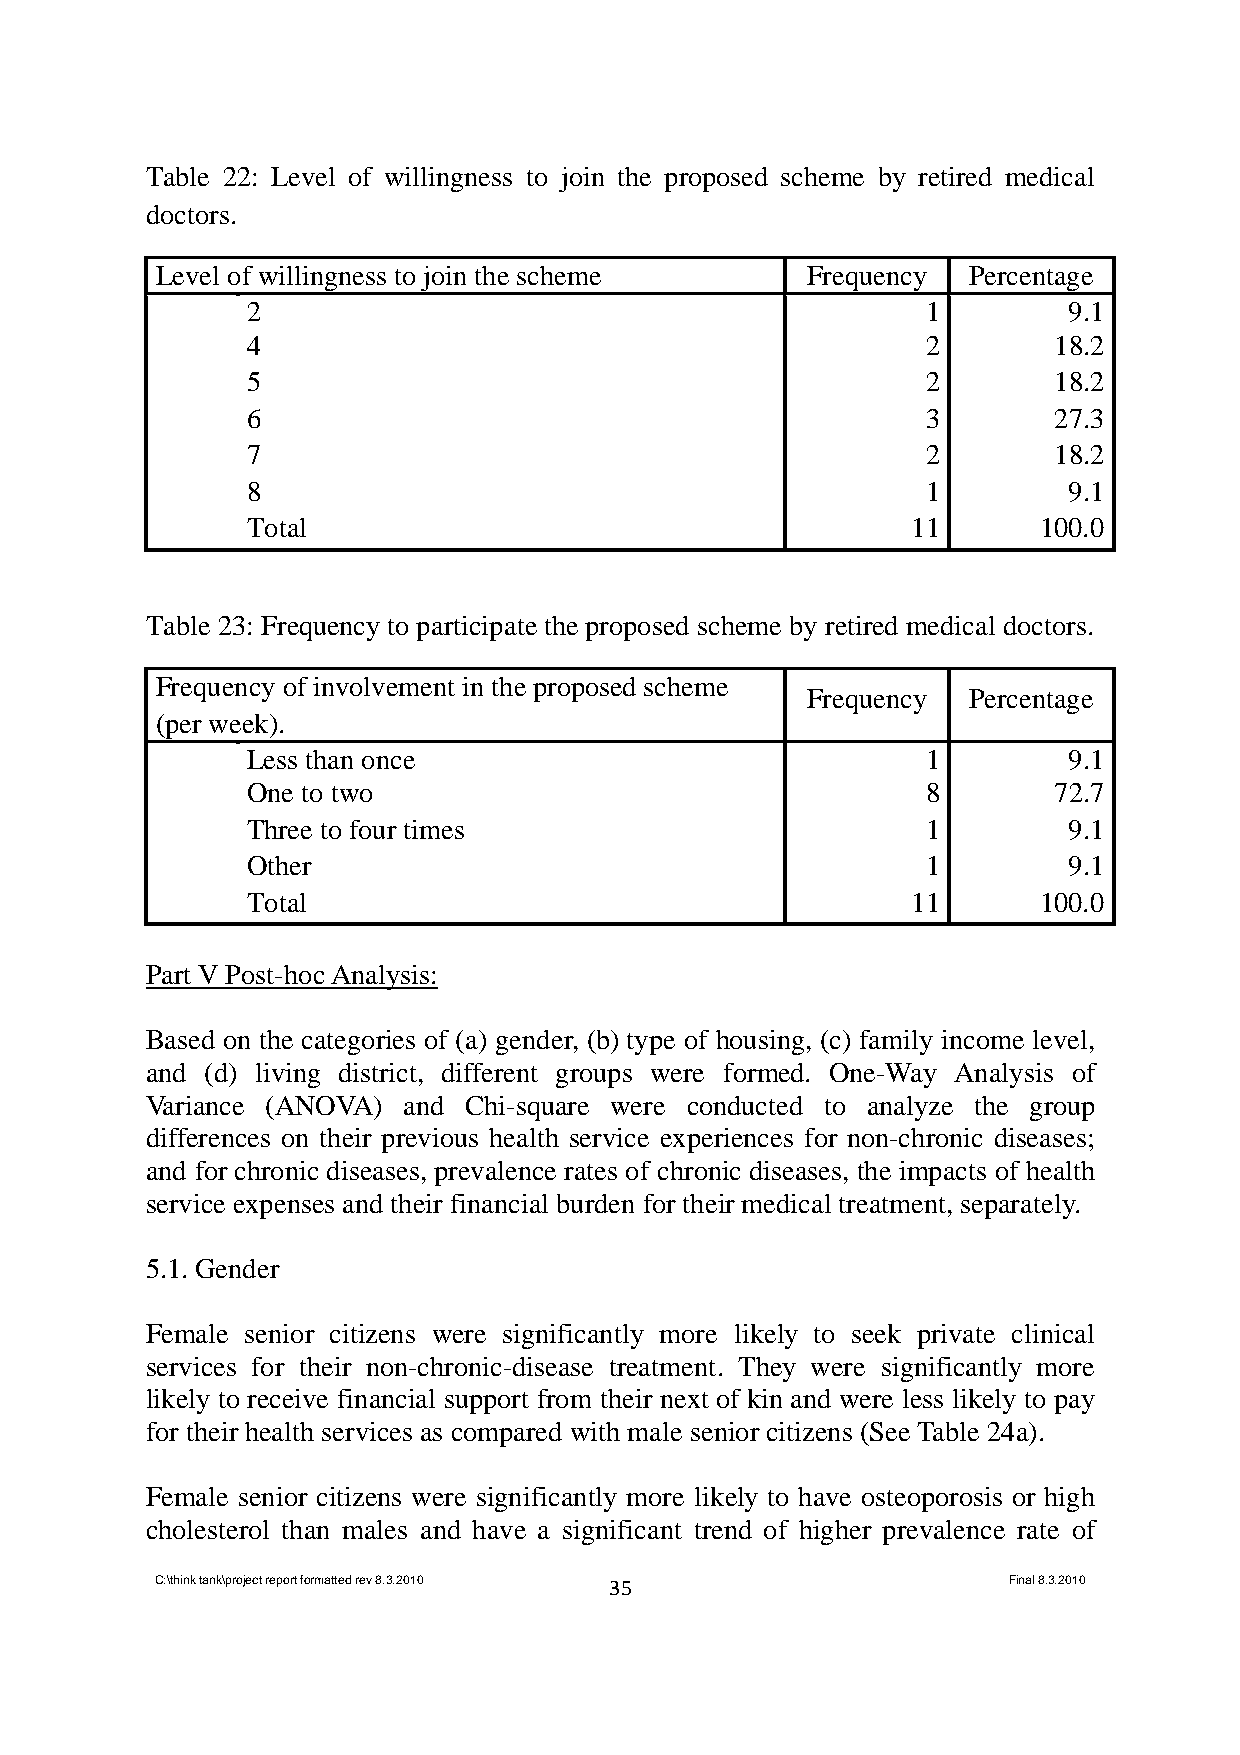
Table 22: Level of willingness to join the proposed scheme by retired medical
 doctors.
 Level of willingness to join the scheme    Frequency  Percentage
 2                                            1         9.1
 4                                            2        18.2
 5                                            2        18.2
 6                                            3        27.3
 7                                            2        18.2
 8                                            1         9.1
 Total                                       11       100.0
 Table 23: Frequency to participate the proposed scheme by retired medical doctors.
 Frequency of involvement in the proposed scheme
 Frequency  Percentage
 (per week).
 Less than once                               1         9.1
 One to two                                   8        72.7
 Three to four times                          1         9.1
 Other                                        1         9.1
 Total                                       11       100.0
 Part V Post-hoc Analysis:
 Based on the categories of (a) gender, (b) type of housing, (c) family income level,
 and (d) living district, different groups were formed. One-Way Analysis of
 Variance (ANOVA) and Chi-square were conducted to analyze the group
 differences on their previous health service experiences for non-chronic diseases;
 and for chronic diseases, prevalence rates of chronic diseases, the impacts of health
 service expenses and their financial burden for their medical treatment, separately.
 5.1. Gender
 Female senior citizens were significantly more likely to seek private clinical
 services for their non-chronic-disease treatment. They were significantly more
 likely to receive financial support from their next of kin and were less likely to pay
 for their health services as compared with male senior citizens (See Table 24a).
 Female senior citizens were significantly more likely to have osteoporosis or high
 cholesterol than males and have a significant trend of higher prevalence rate of
 C:\think tank\project report formatted rev 8.3.2010 35   Final 8.3.2010